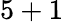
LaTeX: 5+1